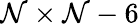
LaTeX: \mathcal{N}\times\mathcal{N}-6